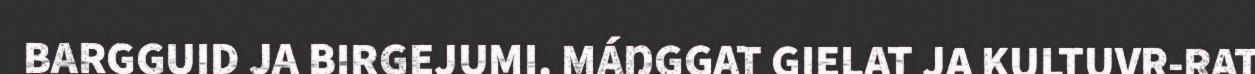
BARGGUID JA BIRGEJUMI. MÁŊGGAT GIELAT JA KULTUVR-RAT